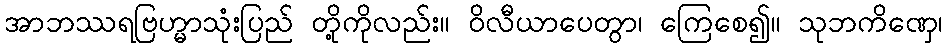
အာဘဿရဗြဟ္မာသုံးပြည် တို့ကိုလည်း။ ဝိလီယာပေတွာ၊ ကြေစေ၍။ သုဘကိဏှေ၊